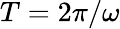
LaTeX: T=2\pi/\omega